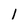
Character: 1